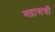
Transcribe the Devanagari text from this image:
मद्रासची